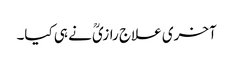
آخری علاج رازیؒ نے ہی کیا۔